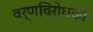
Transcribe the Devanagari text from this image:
वर्णविरोधकों